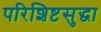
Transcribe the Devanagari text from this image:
परिशिष्टसुद्धा